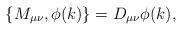
LaTeX: \begin{align*}\left\{ M_{\mu \nu },\phi (k)\right\} =D_{\mu \nu }\phi (k), \end{align*}